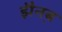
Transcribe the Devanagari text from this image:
झैनब़